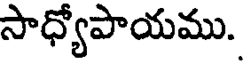
సాధ్యోపాయము.